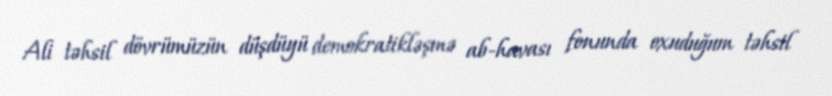
Ali təhsil dövrümüzün düşdüyü demokratikləşmə ab-havası fonunda oxuduğum təhsil